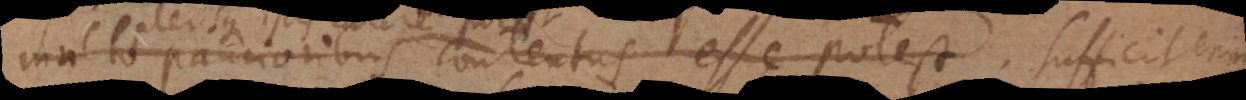
o paucioribus contentus esse potest; plerisque